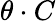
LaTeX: \theta\cdot C